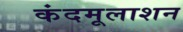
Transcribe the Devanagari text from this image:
कंदमूलाशन